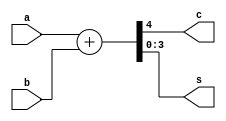
module fadd(a,b,c,s);
input [3:0]a,b;
output [3:0]s;
output c;
assign {c,s}=a+b;
endmodule